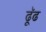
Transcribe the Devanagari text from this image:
ढूॅढ